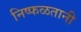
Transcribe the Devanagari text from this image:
निष्फळतानी